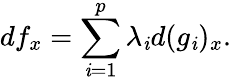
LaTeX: df_{x}=\sum_{\mathit{i}=1}^{p}\lambda_{\mathit{i}}d(g_{\mathit{i}})_{x}.